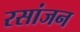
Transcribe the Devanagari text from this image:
रसांजन